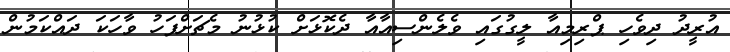
އުރީދު ދިވެހި ޕްރިމިއާ ލީގުގައި ވެލެންސިއާއާ ދެކޮޅަށް ކުޅުނު މެޗަށްފަހު ވާހަކަ ދައްކަމުން